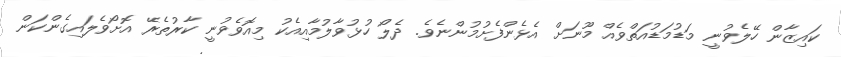
ކައިޒާން ހޭލެވުނީ މަޑުމަޑުއަތްވެއް މޫނަށް އެޅެންފެށުމުންނެވެ. ދެލޯ ހުޅުވާލުމާއިއެކު މިއޮވެވުނީ ކާރުތެރޭ އޮށޯވެލައިގެންކަން